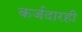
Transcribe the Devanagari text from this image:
कर्जदारही